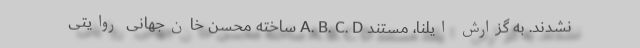
نشدند. به گزارش ایلنا، مستند A. B. C. D ساخته محسن خان‌جهانی روایتی